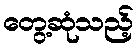
တွေ့ဆုံသည့်